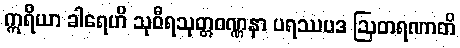
ဣရိယာ ခါရေဟိ သုဝီရသုတ္တဝဏ္ဏနာ ပရဿပဒ ဩတရဏာတိ